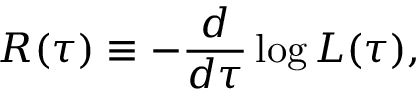
{ \cal R } ( \tau ) \equiv - \frac { d } { d \tau } \log { { \cal L } ( \tau ) } ,